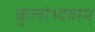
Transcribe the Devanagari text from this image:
कुलोभ्दवाम्